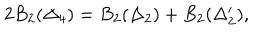
LaTeX: 2 B _ { 2 } ( \Delta _ { 4 } ) = B _ { 2 } ( \Delta _ { 2 } ) + B _ { 2 } ( \Delta _ { 2 } ^ { \prime } ) ,